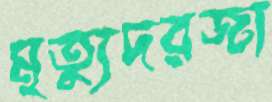
মৃত্যুদরজা